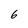
Character: 6